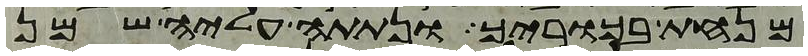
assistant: מנחת בכוריך ונתתה עליה שמן